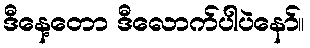
ဒီနေ့တော ဒီလောက်ပါပဲနော်။